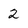
Character: 2